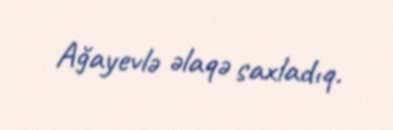
Ağayevlə əlaqə saxladıq.